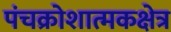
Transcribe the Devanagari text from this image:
पंचक्रोशात्मकक्षेत्र